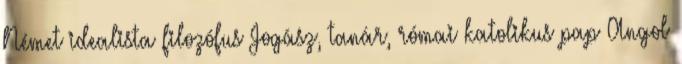
Német idealista filozófus Jogász, tanár, római katolikus pap Angol